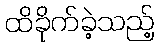
ထိခိုက်ခဲ့သည့်